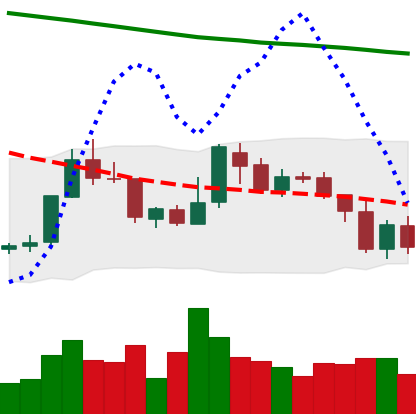
Ticker: XMR-USD
Chart end date: 2018-08-02
Forward return: -12.015%
Label: down_7plus